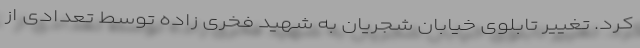
کرد. تغییر تابلوی خیابان شجریان به شهید فخری زاده توسط تعدادی از